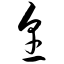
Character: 烹